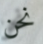
نحن